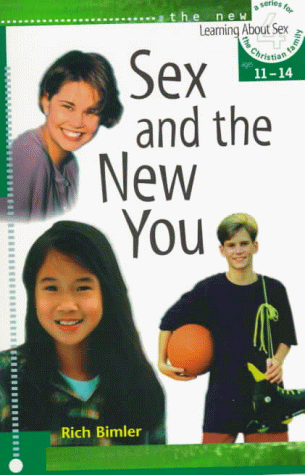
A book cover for Sex and the New You (Learning about Sex); Richard W. Bimler; Teen & Young Adult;